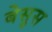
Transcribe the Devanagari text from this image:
बेसुस